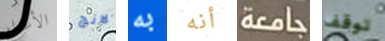
الأعذار لانج به أنه جامعة توقف